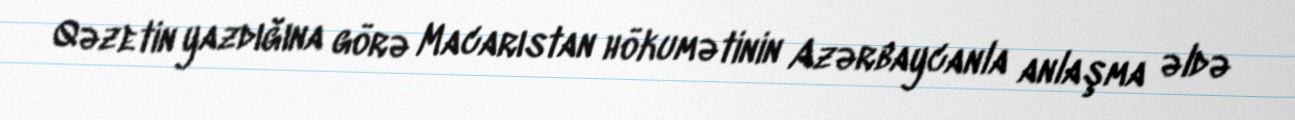
Qəzetin yazdığına görə Macarıstan hökumətinin Azərbaycanla anlaşma əldə